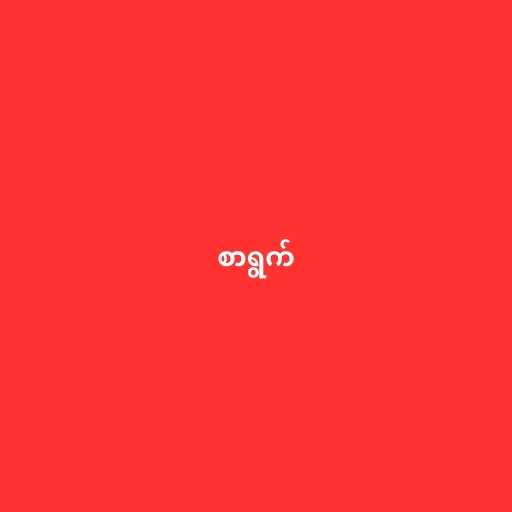
စာရွက်